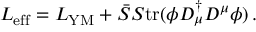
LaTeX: L _ { \mathrm { e f f } } = L _ { \mathrm { Y M } } + \bar { S } S \mathrm { t r } ( \phi D _ { \mu } ^ { \dagger } D ^ { \mu } \phi ) \, .